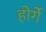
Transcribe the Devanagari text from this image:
होर्गे